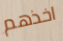
اخذهم